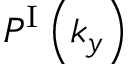
P ^ { \mathrm { I } } \left( k _ { y } \right)